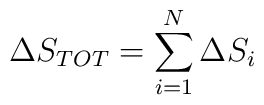
{\Delta}S_{TOT} = \sum_{i=1}^{N} {\Delta}S_{i}